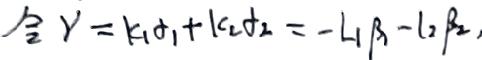
令 \( Y = k_{1}\sigma_{1}+k_{2}\sigma_{2}=-L_{1}\beta_{1}-l_{2}\beta_{2}\)